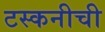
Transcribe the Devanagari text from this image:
टस्कनीची